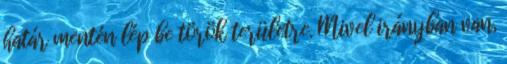
határ mentén lép be török területre. Mivel irányban van,